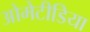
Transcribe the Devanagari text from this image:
ओमेटीडिया